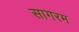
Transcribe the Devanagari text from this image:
सागरम